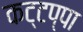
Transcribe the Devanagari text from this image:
कट्टप्पा